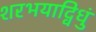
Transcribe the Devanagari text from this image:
शरभयाद्विधुं